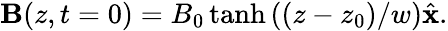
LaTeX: \begin{array}{r}{{\mathbf B}(z,t=0)=B_{0}\operatorname{tanh}\left((z-z_{0})/w\right)\hat{\mathbf x}.}\end{array}